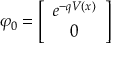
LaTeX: \varphi _ { 0 } = \left[ \begin{array} { c } { { e ^ { - q V ( x ) } } } \\ { { 0 } } \end{array} \right]